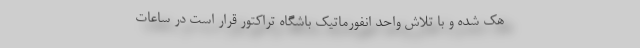
هک شده و با تلاش واحد انفورماتیک باشگاه تراکتور قرار است در ساعات